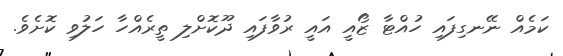
ކަމެއް ނޭނގިފައި ހުއްޓާ ޒޯއީ އައީ ރުވާފައި ދޫކޮށްލި ތީރެއްހާ ހަލުވި ކޮށެވެ.